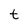
Character: t